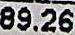
89.26